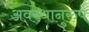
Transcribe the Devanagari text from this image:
अवस्थानुरुप